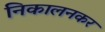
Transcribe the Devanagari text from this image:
निकालनकर